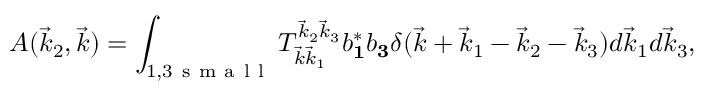
A ( \vec { k } _ { 2 } , \vec { k } ) = \int _ { 1 , 3 \mathrm { ~ s ~ m ~ a ~ l ~ l ~ } } T _ { \vec { k } \vec { k } _ { 1 } } ^ { \vec { k } _ { 2 } \vec { k } _ { 3 } } b _ { \mathbf 1 } ^ { * } b _ { \mathbf 3 } \delta ( \vec { k } + \vec { k } _ { 1 } - \vec { k } _ { 2 } - \vec { k } _ { 3 } ) d \vec { k } _ { 1 } d \vec { k } _ { 3 } ,